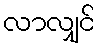
လာလျှင်